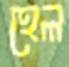
হেল